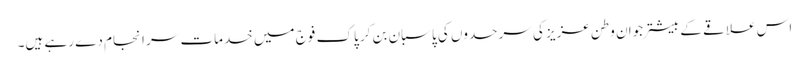
اس علاقے کے بیشتر جوان وطن عزیز کی سرحدوں کی پاسبان بن کر پاک فوج میں خدمات سر انجام دے رہے ہیں۔